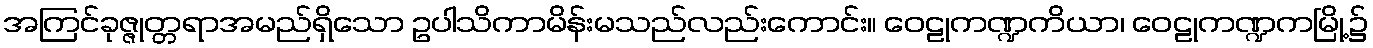
အကြင်ခုဇ္ဇုတ္တရာအမည်ရှိသော ဥပါသိကာမိန်းမသည်လည်းကောင်း။ ဝေဠုကဏ္ဍကိယာ၊ ဝေဠုကဏ္ဍကမြို့၌